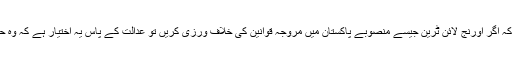
سید علی ظفر نے مزید دلائل دیتے ہوئے کہا کہ اگر اورنج لائن ٹرین جیسے منصوبے پاکستان میں مروجہ قوانین کی خلاف ورزی کریں تو عدالت کے پاس یہ اختیار ہے کہ وہ حکومت کو ایسے منصوبے بنانے سے روکے۔